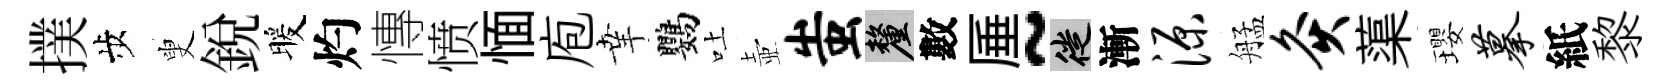
撲歩叟銳暖灼慱愤愐庖𦍒鸚吐壺蚩厘數厜~徙漸源艋灸蕖瓔摹紙黎